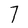
Character: 7